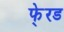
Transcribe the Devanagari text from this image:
फे्रड